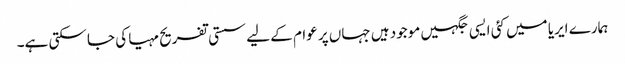
ہمارے ایریا میں کئی ایسی جگہیں موجود ہیں جہاں پر عوام کے لیے سستی تفریح مہیا کی جا سکتی ہے۔